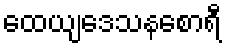
ထေယျဒေသနစောရီ